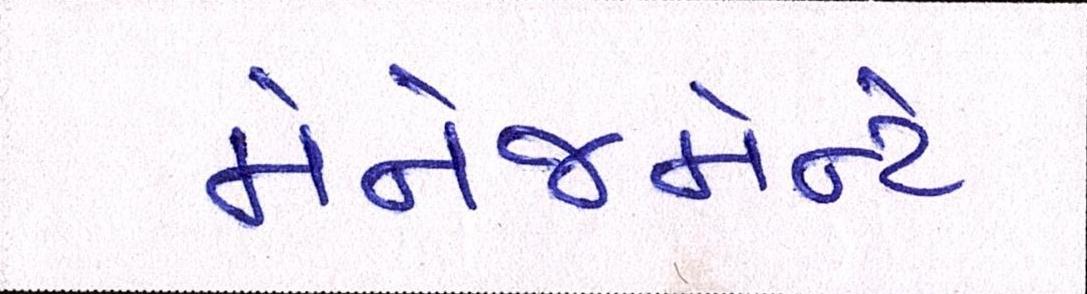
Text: મેનેજમેન્ટે